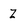
Character: Z